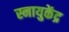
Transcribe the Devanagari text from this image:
स्नायुकेंद्र